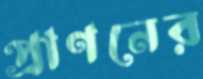
প্রাণনের